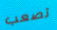
تصعب